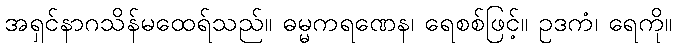
အရှင်နာဂသိန်မထေရ်သည်။ ဓမ္မကရဏေန၊ ရေစစ်ဖြင့်။ ဥဒကံ၊ ရေကို။